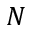
N